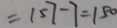
= 1 5 7 - 7 = 1 5 0